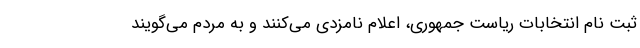
ثبت نام انتخابات ریاست جمهوری، اعلام نامزدی می‌کنند و به مردم می‌گویند